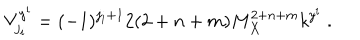
V _ { j _ { i } } ^ { y ^ { i } } = ( - 1 ) ^ { j _ { i } + 1 } 2 ( 2 + n + m ) M _ { X } ^ { 2 + n + m } k ^ { y ^ { i } } ~ . ~ \,